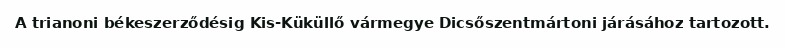
A trianoni békeszerződésig Kis-Küküllő vármegye Dicsőszentmártoni járásához tartozott.